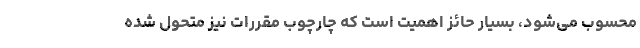
محسوب می‌شود، بسیار حائز اهمیت است که چارچوب مقررات نیز متحول شده